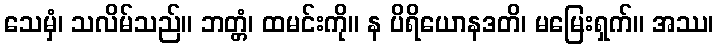
သေမှံ၊ သလိမ်သည်။ ဘတ္တံ၊ ထမင်းကို။ န ပိရိယောနဒတိ၊ မမြေးရှက်။ အဿ၊